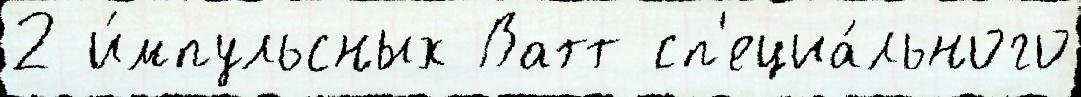
2 и́мпульсных Ватт сп'ециа́льного